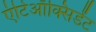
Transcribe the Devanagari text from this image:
एंटिऑक्सिडेंट